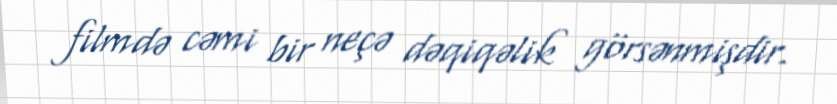
filmdə cəmi bir neçə dəqiqəlik görsənmişdir.